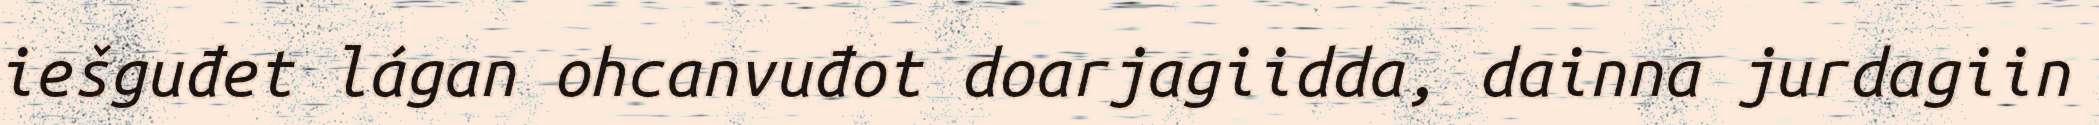
iešguđet lágan ohcanvuđot doarjagiidda, dainna jurdagiin